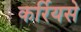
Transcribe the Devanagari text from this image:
कर्रियसे